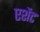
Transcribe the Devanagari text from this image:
एशेंट